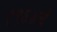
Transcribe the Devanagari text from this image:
१९६४चे